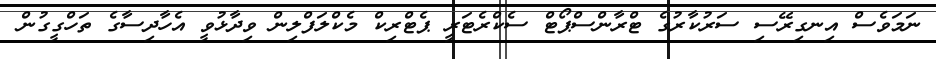
ނަމަވެސް އިނގިރޭސި ސަރުކާރުގެ ޓްރާންސްޕޯޓް ސެކްރެޓަރީ ޕެޓްރިކް މެކްލަފްލިން ވިދާޅުވީ އެހާދިސާގެ ތަހްގީގުން